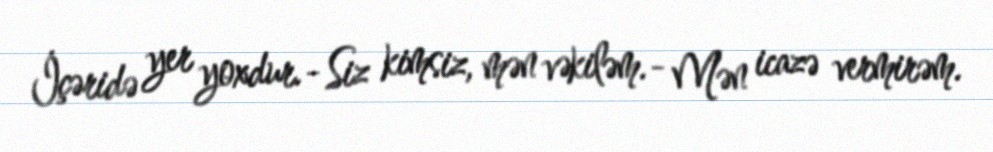
İçəridə yer yoxdur.- Siz kimsiz, mən vəkiləm.- Mən icazə vermirəm.